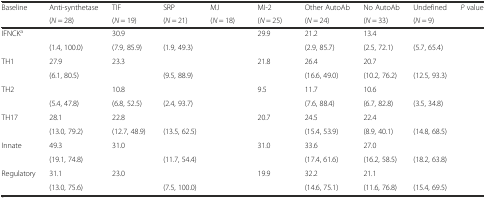
<table><thead><tr><td rowspan="2"><b>Baseline</b></td><td><b>Anti-synthetase</b></td><td><b>TIF</b></td><td><b>SRP</b></td><td><b>MJ</b></td><td><b>MI-2</b></td><td><b>Other AutoAb</b></td><td><b>No AutoAb</b></td><td><b>Undefined</b></td><td><b><i>P</i> value</b></td></tr><tr><td><b>(<i>N</i> = 28)</b></td><td><b>(<i>N</i> = 19)</b></td><td><b>(<i>N</i> = 21)</b></td><td><b>(<i>N</i> = 18)</b></td><td><b>(<i>N</i> = 25)</b></td><td><b>(<i>N</i> = 24)</b></td><td><b>(<i>N</i> = 33)</b></td><td><b>(<i>N</i> = 9)</b></td><td>[EMPTY_CELL]</td></tr></thead><tbody><tr><td rowspan="2">IFNCK<sup>a</sup></td><td>[EMPTY_CELL]</td><td>30.9</td><td>[EMPTY_CELL]</td><td>[EMPTY_CELL]</td><td>29.9</td><td>21.2</td><td>13.4</td><td>[EMPTY_CELL]</td><td rowspan="2">[EMPTY_CELL]</td></tr><tr><td>(1.4, 100.0)</td><td>(7.9, 85.9)</td><td>(1.9, 49.3)</td><td>[EMPTY_CELL]</td><td>[EMPTY_CELL]</td><td>(2.9, 85.7)</td><td>(2.5, 72.1)</td><td>(5.7, 65.4)</td></tr><tr><td rowspan="2">TH1</td><td>27.9</td><td>23.3</td><td>[EMPTY_CELL]</td><td>[EMPTY_CELL]</td><td>21.8</td><td>26.4</td><td>20.7</td><td>[EMPTY_CELL]</td><td>[EMPTY_CELL]</td></tr><tr><td>(6.1, 80.5)</td><td>[EMPTY_CELL]</td><td>(9.5, 88.9)</td><td>[EMPTY_CELL]</td><td>[EMPTY_CELL]</td><td>(16.6, 49.0)</td><td>(10.2, 76.2)</td><td>(12.5, 93.3)</td><td>[EMPTY_CELL]</td></tr><tr><td rowspan="2">TH2</td><td>[EMPTY_CELL]</td><td>10.8</td><td>[EMPTY_CELL]</td><td>[EMPTY_CELL]</td><td>9.5</td><td>11.7</td><td>10.6</td><td>[EMPTY_CELL]</td><td rowspan="2">[EMPTY_CELL]</td></tr><tr><td>(5.4, 47.8)</td><td>(6.8, 52.5)</td><td>(2.4, 93.7)</td><td>[EMPTY_CELL]</td><td>[EMPTY_CELL]</td><td>(7.6, 88.4)</td><td>(6.7, 82.8)</td><td>(3.5, 34.8)</td></tr><tr><td rowspan="2">TH17</td><td>28.1</td><td>22.8</td><td>[EMPTY_CELL]</td><td>[EMPTY_CELL]</td><td>20.7</td><td>24.5</td><td>22.4</td><td>[EMPTY_CELL]</td><td rowspan="2">[EMPTY_CELL]</td></tr><tr><td>(13.0, 79.2)</td><td>(12.7, 48.9)</td><td>(13.5, 62.5)</td><td>[EMPTY_CELL]</td><td>[EMPTY_CELL]</td><td>(15.4, 53.9)</td><td>(8.9, 40.1)</td><td>(14.8, 68.5)</td></tr><tr><td rowspan="2">Innate</td><td>49.3</td><td>31.0</td><td>[EMPTY_CELL]</td><td>[EMPTY_CELL]</td><td>31.0</td><td>33.6</td><td>27.0</td><td>[EMPTY_CELL]</td><td rowspan="2">[EMPTY_CELL]</td></tr><tr><td>(19.1, 74.8)</td><td>[EMPTY_CELL]</td><td>(11.7, 54.4)</td><td>[EMPTY_CELL]</td><td>[EMPTY_CELL]</td><td>(17.4, 61.6)</td><td>(16.2, 58.5)</td><td>(18.2, 63.8)</td></tr><tr><td rowspan="2">Regulatory</td><td>31.1</td><td>23.0</td><td>[EMPTY_CELL]</td><td>[EMPTY_CELL]</td><td>19.9</td><td>32.2</td><td>21.1</td><td>[EMPTY_CELL]</td><td rowspan="2">[EMPTY_CELL]</td></tr><tr><td>(13.0, 75.6)</td><td>[EMPTY_CELL]</td><td>(7.5, 100.0)</td><td>[EMPTY_CELL]</td><td>[EMPTY_CELL]</td><td>(14.6, 75.1)</td><td>(11.6, 76.8)</td><td>(15.4, 69.5)</td></tr></tbody></table>